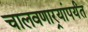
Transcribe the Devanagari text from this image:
चालवणार्‍यांपर्यंत